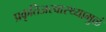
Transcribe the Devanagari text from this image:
प्रकृतिअस्वास्थ्यामुळं